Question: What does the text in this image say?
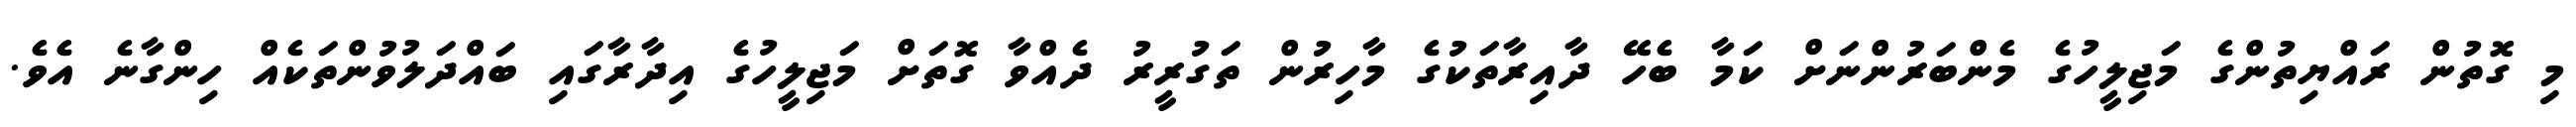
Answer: މި ގޮތުން ރައްޔިތުންގެ މަޖިލީހުގެ މެންބަރުންނަށް ކަމާ ބެހޭ ދާއިރާތަކުގެ މާހިރުން ތަގުރީރު ދެއްވާ ގޮތަށް މަޖިލީހުގެ އިދާރާގައި ބައްދަލުވުންތަކެއް ހިންގާނެ އެވެ.